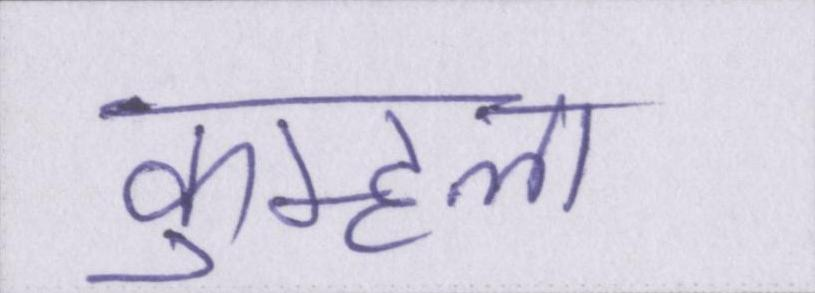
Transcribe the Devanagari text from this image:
कुम्हला